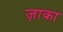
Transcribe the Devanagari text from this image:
ज़ाका